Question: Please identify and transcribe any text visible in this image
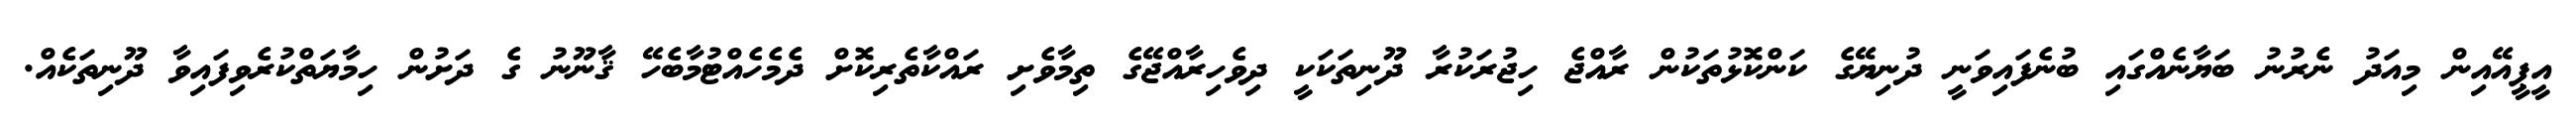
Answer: އީޕީއޭއިން މިއަދު ނެރުނު ބަޔާނެއްގައި ބުނެފައިވަނީ ދުނިޔޭގެ ކަންކޮޅުތަކުން ރާއްޖެ ހިޖުރަކުރާ ދޫނިތަކަކީ ދިވެހިރާއްޖޭގެ ތިމާވެށި ރައްކާތެރިކޮށް ދެމެހެއްޓުމާބެހޭ ޤާނޫނު ގެ ދަށުން ހިމާޔަތްކުރެވިފައިވާ ދޫނިތަކެއް.